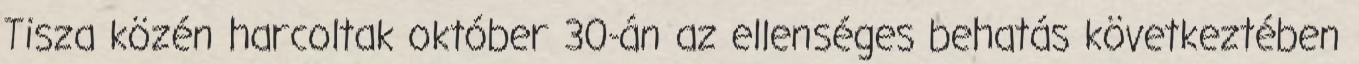
Tisza közén harcoltak október 30-án az ellenséges behatás következtében